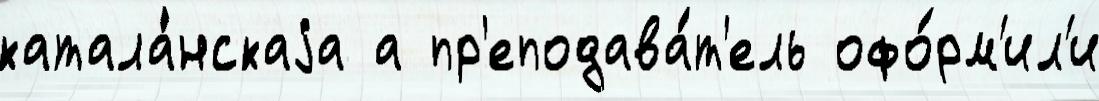
катала́нскаjа а пр'еподава́т'ель офо́рм'ил'и